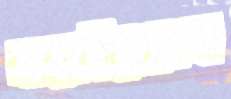
ঝরাইয়াছেন